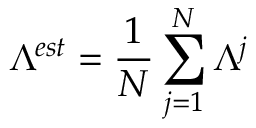
\Lambda ^ { e s t } = \frac { 1 } { N } \sum _ { j = 1 } ^ { N } \Lambda ^ { j }